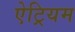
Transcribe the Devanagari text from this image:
ऐट्रियम